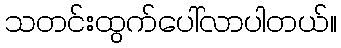
သတင်းထွက်ပေါ်လာပါတယ်။